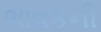
ભાવકની